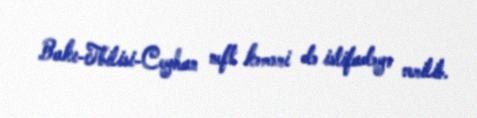
Bakı-Tbilisi-Ceyhan neft kəməri də istifadəyə verilib.